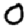
Digit: 0